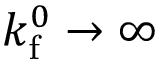
k _ { \mathrm { f } } ^ { 0 } \rightarrow \infty